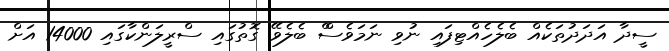
ސީދާ އަދަދުތަކެއް ބެލެހެއްޓިފައި ނުވި ނަމަވެސްް ބެލެވޭ ގޮތުގައި ސްރީލަންކާގައި 14000 އަށް